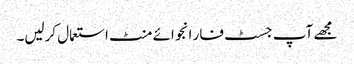
مجھے آپ جسٹ فار انجوائے منٹ استعمال کرلیں۔